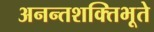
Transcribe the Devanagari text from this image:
अनन्तशक्तिभूते